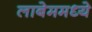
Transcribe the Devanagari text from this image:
लाबेममध्ये